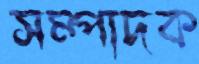
সম্পাদক